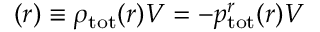
\d U ( r ) \equiv \rho _ { \mathrm { t o t } } ( r ) \d V = - p _ { \mathrm { t o t } } ^ { r } ( r ) \d V